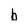
Character: b